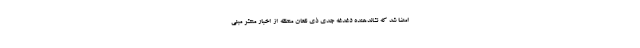
امضا شد که نشاندهنده دغدغه جدی ذی نفعان منطقه از اخبار منتشر مبنی